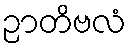
ဉာတိဗလံ